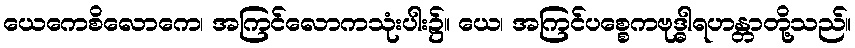
ယေကေစိလောကေ၊ အကြင်လောကသုံးပါး၌။ ယေ၊ အကြင်ပစ္စေကဗုဒ္ဓါရဟန္တာတို့သည်။